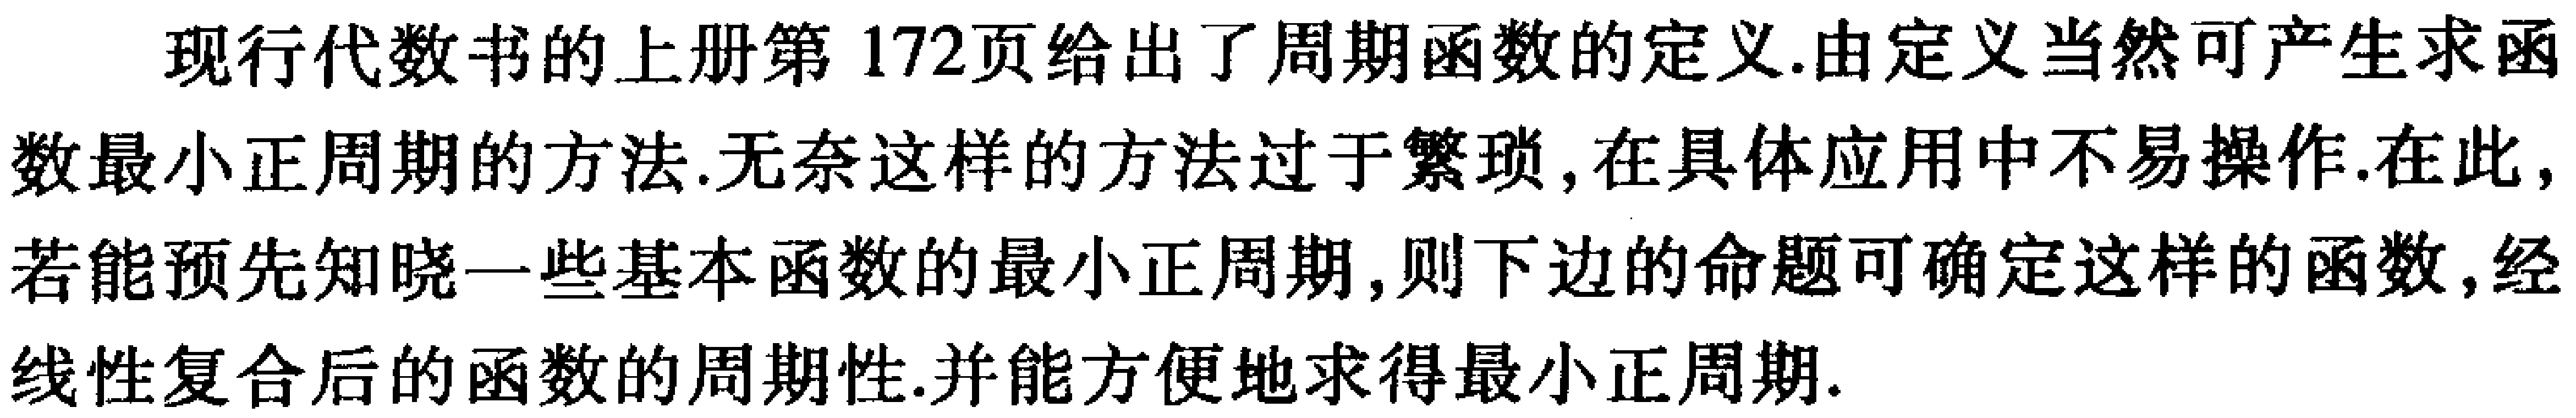
现行代数书的上册第172页给出了周期函数的定义.由定义当然可产生求函数最小正周期的方法.无奈这样的方法过于繁琐,在具体应用中不易操作.在此,若能预先知晓一些基本函数的最小正周期,则下边的命题可确定这样的函数,经线性复合后的函数的周期性.并能方便地求得最小正周期.